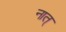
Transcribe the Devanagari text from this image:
नात्